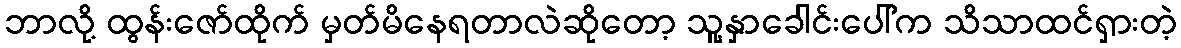
ဘာလို့ ထွန်းဇော်ထိုက် မှတ်မိနေရတာလဲဆိုတော့ သူ့နှာခေါင်းပေါ်က သိသာထင်ရှားတဲ့